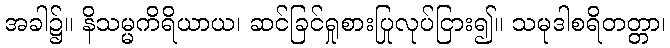
အခါ၌။ နိသမ္မကိရိယာယ၊ ဆင်ခြင်ရှုစားပြုလုပ်ငြား၍။ သမုဒါစရိတတ္တာ၊